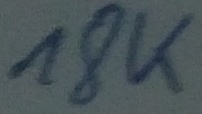
Text: 18K